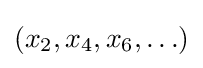
\left(x_{2},x_{4},x_{6},\ldots \right)